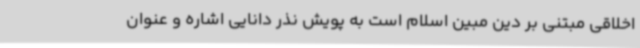
اخلاقی مبتنی بر دین مبین اسلام است به پویش نذر دانایی اشاره و عنوان